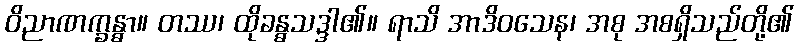
ဝိညာဏက္ခန္ဓာ။ တဿ၊ ထိုခန္ဓသဒ္ဒါ၏။ ရာသိ အာဒိဝသေန၊ အစု အစရှိသည်တို့၏